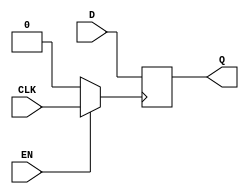
module clock_gating_memory_block (
    input wire CLK,         // Primary clock signal
    input wire EN,          // Enable signal for clock gating
    input wire [7:0] D,     // Data input for memory block
    output reg [7:0] Q      // Data output from memory block
);

// Internal signals
wire gated_clk;

// Transmission gate implementation for clock gating
assign gated_clk = (EN) ? CLK : 1'b0; // If EN is high, pass CLK; otherwise, block it

// Memory block (simple register for demonstration)
always @(posedge gated_clk) begin
    Q <= D; // Capture data on gated clock
end

endmodule